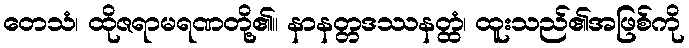
တေသံ၊ ထိုဇရာမရဏတို့၏။ နာနတ္တဒဿနတ္ထံ၊ ထူးသည်၏အဖြစ်ကို